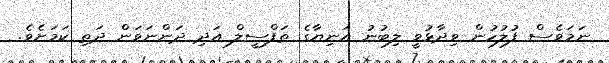
ނަމަވެސް ފުލުހުން ވިދާޅުވީ ލިބުނު އަނިޔާގެ ތަފްސީލް އަދި ދަންނަވަން ދަތި ކަމަށެވެ.